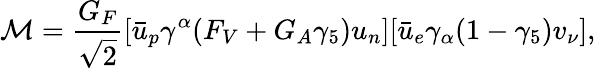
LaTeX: {\cal M}=\frac{G_{F}}{\sqrt{2}}[\bar{u}_{p}\gamma^{\alpha}(F_{V}+G_{A}\gamma_{5})u_{n}][\bar{u}_{e}\gamma_{\alpha}(1-\gamma_{5})v_{\nu}],